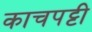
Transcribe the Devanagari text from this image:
काचपट्टी